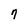
Character: 7